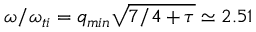
\omega / \omega _ { t i } = q _ { m i n } \sqrt { 7 / 4 + \tau } \simeq 2 . 5 1